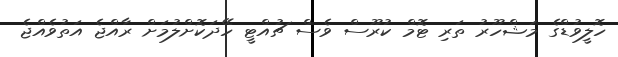
ހޮލީވުޑްގެ މަޝްހޫރު ތަރި ޓޮމް ކުރޫސް ވެސް ޗުއްޓީ ހޭދަކޮށްލުމަށް ރާއްޖެ އަތުވެއްޖެ